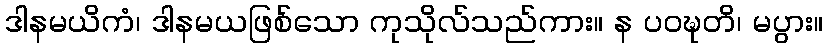
ဒါနမယိကံ၊ ဒါနမယဖြစ်သော ကုသိုလ်သည်ကား။ န ပဝဍ္ဎတိ၊ မပွား။